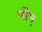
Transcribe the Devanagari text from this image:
पौष्